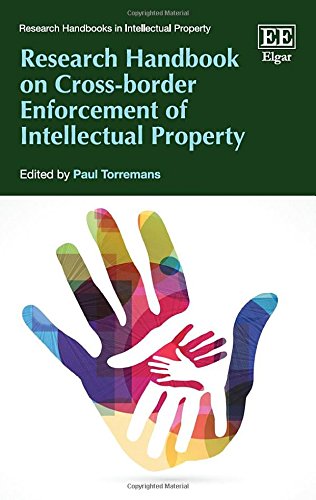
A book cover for Research Handbook on Cross-Border Enforcement of Intellectual Property (Research Handbooks in Intellectual Property series)(Elgar Original reference; Paul Torremans; Law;